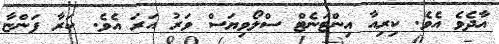
އާދެވެ އެވެ. ކިރިއާ އިންޓަނެޓް ސްލޯވިޔަސް ވަރު އަރަ އެވެ. ކަރާ ފަންޏާ